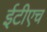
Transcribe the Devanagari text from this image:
ईटीएच